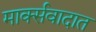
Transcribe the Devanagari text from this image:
मार्क्सवादात